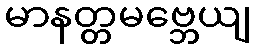
မာနတ္တမဗ္ဘေယျ